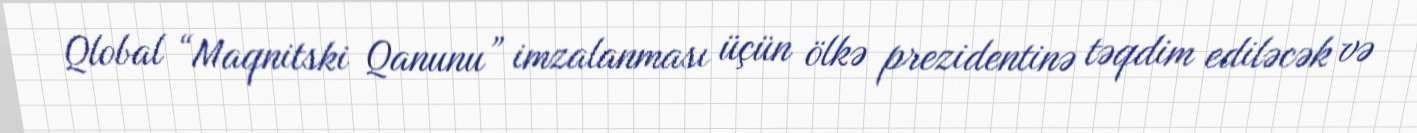
Qlobal “Maqnitski Qanunu” imzalanması üçün ölkə prezidentinə təqdim ediləcək və